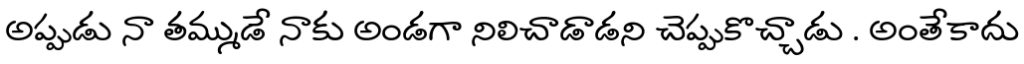
అప్పుడు నా తమ్ముడే నాకు అండగా నిలిచాడాడని చెప్పుకొచ్చాడు . అంతేకాదు